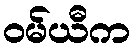
ဝမ်ယီက